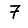
Digit: 7